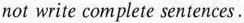
not write complete sentences.